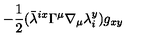
- \frac { 1 } { 2 } ( { \bar { \lambda } } ^ { i x } \Gamma ^ { \mu } \nabla _ { \mu } \lambda _ { i } ^ { y } ) g _ { x y }